Cholera in India, 1862 to 1881
Year: 1862
Disease focus: Cholera
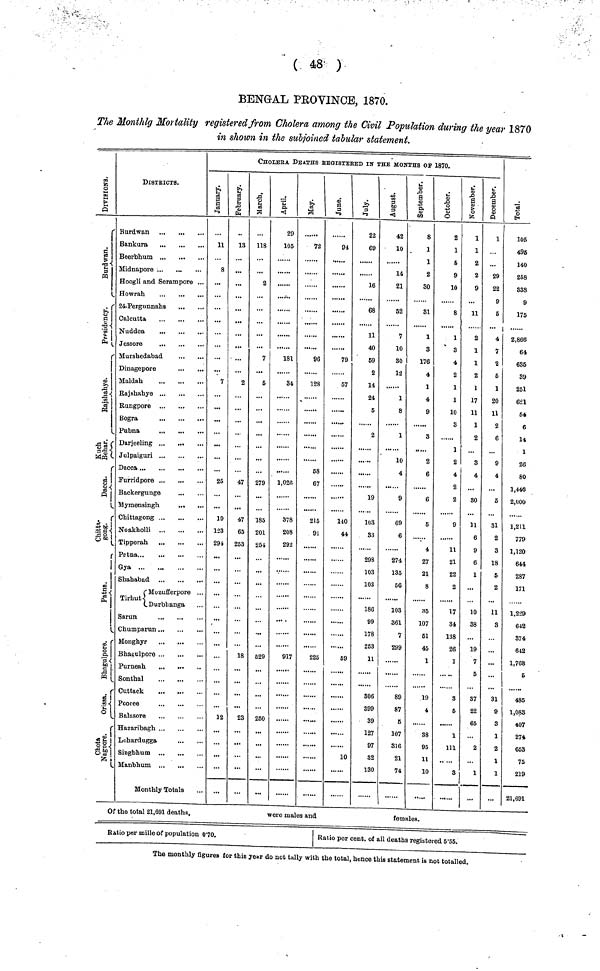
( 48 )
BENGAL PEOVINCE, 1870.
The Monthlg Mortality registered from Cholera among the Civil Population during the year 1870
in shown in the subjoined tabular statement.
DIVISIONS.
Burdwan
Precidency
Rajshahye.
Kuch Behar.
Dacca.
Chittagong.
Patna.
Bhagulpore.
Orissa.
Chota Nagpore.
DlSTRICTS.
Burdwan
Bankura
...
Beerbhum ..,
Midnapore
Hoogli and Serampore ...
Howrah
24-Pergunnahs
Nuddea
Jessore
Murshedabad
Dinagepore
Maldah
...
Rajshabye
Rungpore
Bogra
Patna
Darjeeling
Julpaiguri ...
• Dacca
Furridpore
Backergunge
• Chittagong
Noakholli
Tipperah
Pctna
Gya
Shahabad
(Mozufferpore .
Durbhanga
Sarun
Chumparun
Monghyr
Bhagulpore
Purneah
Sonthal
Cuttack
Pcoree
Balasore
Hazaribagh
Lohardugga
Singbhum
Manbhum
Monthly Totals
..
CHOLERA. DEATHS REGISTERED IN THE MONTHS OF 1870.
January
11
8
7
25
19
123
294
12
February
13
..
2
47
47
65
253
18
23
March
L18
2
7
5
279
185
201
254
529
250
April
29
105
181
34
1,026
378
208
292
917
May
72
96
128
58
67
215
91
225
June
94
79
57
110
44
59
1
July
22
69
16
68
11
40
69
2
14
24
5
2
19
103
33
298
103
103
186
99
178
253
11
306
399
39
127
97
32
130
August
42
10
14
21
52
7
10
30
12
1
8
1
10
4
9
69
6
274
135
56
103
361
7
299
89
87
5
107
316
21
74
September
8
1
1
2
30
31
1
3
176
4
1
4
9
3
2
6
6
5
4
27
21
8
35
107
51
45
1
19
4
38
95
11
10
October
2
1
5
9
10
8
1
3
4
2
1
1
10
3
1
2
4
2
2
9
11
21
22
2
17
34
138
26
1
3
5
1
111
3
_
November
1
1
2
2
9
11
2
1
1
2
1
17
11
1
2
3
4
30
11
6
9
6
1
10
38
19
7
6
87
22
65
2
...
1
December
1
29
22
9
5
... |
4
7
2
5
1
20
11
2
6
9
4
5
31
2
3
18
6
2
11
4
3
...
31
9
3
1
2
1
1
Total.
105
496
140
258
338
9
175
2,866
64
635
39
251
621
54
6
14
1
26
80
1,446
2,000
1,211
779
1,120
644
287
171
1,229
642
374
642
1,768
6
485
1,083
407
274
663
75
219
21,691
Of the total 21,691 deaths,
were males and
females.
Ratio per mille of population 070.
Ratio per cent. of all deaths registered 5·55.
The monthly figures for this year do not tally with the total, hence this statement is not totalled.